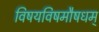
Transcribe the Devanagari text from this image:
विषयविषमौषधम्